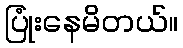
ပြုံးနေမိတယ်။